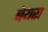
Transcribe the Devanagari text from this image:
बेयरा